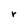
Character: r